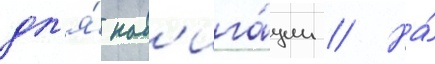
дл'я́ нав'ига́ции // На́